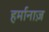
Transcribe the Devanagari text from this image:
हर्मानाज़